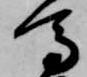
馬